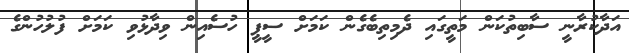
އަދާކުރާނީ ސާބިތުކަން މަތީގައި ދެމިތިބެގެން ކަމަށް ސީޕީ ހުސެއިން ވިދާޅުވި ކަމަށް ފުުލުހުންގެ